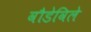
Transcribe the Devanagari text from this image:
वौडेविले